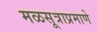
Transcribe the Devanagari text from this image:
मळसूत्राप्रमाणे